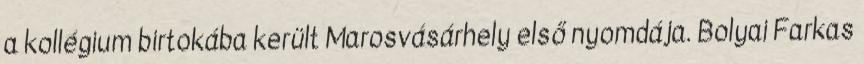
a kollégium birtokába került Marosvásárhely első nyomdája. Bolyai Farkas